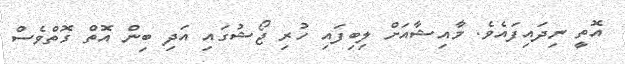
އޮތީ ނިދައިފައެވެ. މާއިޝާއަށް ލިބިފައި ހުރި ޖޯޝުގައި އަދި ބިން އޮތް ގޮތްވެސް